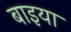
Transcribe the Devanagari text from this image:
बाइया